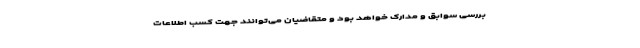
بررسی سوابق و مدارک خواهد بود و متقاضیان می‌توانند جهت کسب اطلاعات